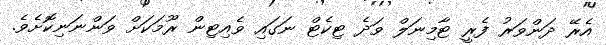
އެރޭ ދަންވަރު ފެރީ ޓާމިނަލް ވަދެ ޓިކެޓް ނަގައި ވެއިޓިން ރޫމަކަށް ވަންނަނިކޮށެވެ.